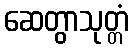
ဆေတွာသုတ္တံ